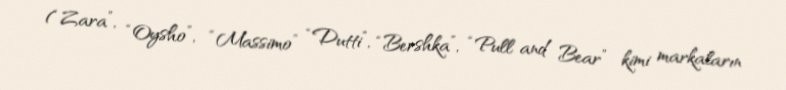
(“Zara”, “Oysho”, “Massimo” “Dutti”, “Bershka”, “Pull and Bear” kimi markaların